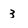
Character: 3